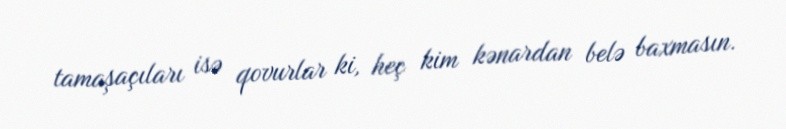
tamaşaçıları isə qovurlar ki, heç kim kənardan belə baxmasın.